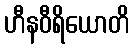
ဟီနဝီရိယောတိ